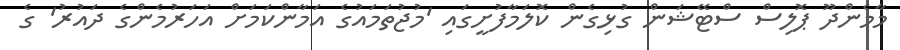
މާމެންދޫ ޕޮލިސް ސްޓޭޝަން ގުޅިގެން ކޮލަމާފުށީގައި 'މުޖުތަމައުގެ އަމާންކަމަށް އަހަރުމެންގެ ދައުރު' ގެ